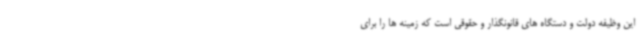
این وظیفه دولت و دستگاه های قانونگذار و حقوقی است که زمینه ها را برای